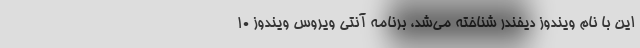
این با نام ویندوز دیفندر شناخته می‌شد، برنامه آنتی ویروس ویندوز ۱۰